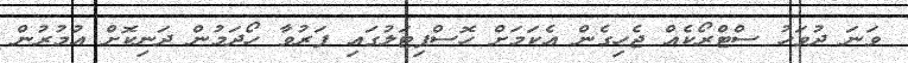
ވަނަ ދުވަހު ސްޓްރޯކެއް ޖެހިގެން އެކަމަށް ހޮސްޕިޓަލުގައި ފަރުވާ ހޯދަމުން ދަނިކޮށް އުމުރުން